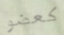
كعضو